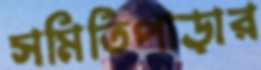
সমিতিপাড়ার